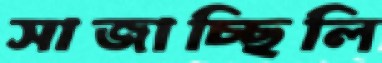
সাজাচ্ছিলি